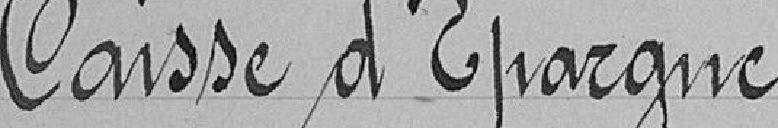
Caisse d'Epargne